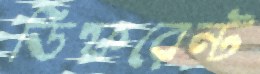
ডিফরেন্ট